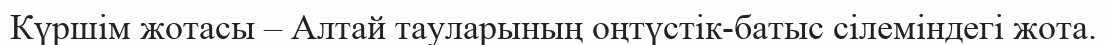
Күршім жотасы – Алтай тауларының оңтүстік-батыс сілеміндегі жота.